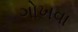
ગોખવા